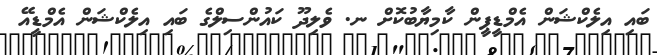
ބައި އިލެކްޝަން އެމްޑީޕީން ކާމިޔާބުކޮށް ނ. ވެލިދޫ ކައުންސިލްގެ ބައި އިލެކްޝަން އެމްޑީއޭ